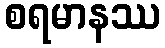
စရမာနဿ